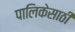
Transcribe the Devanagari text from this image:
पालिकेसाठी